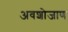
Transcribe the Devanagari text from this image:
अवशोजाण